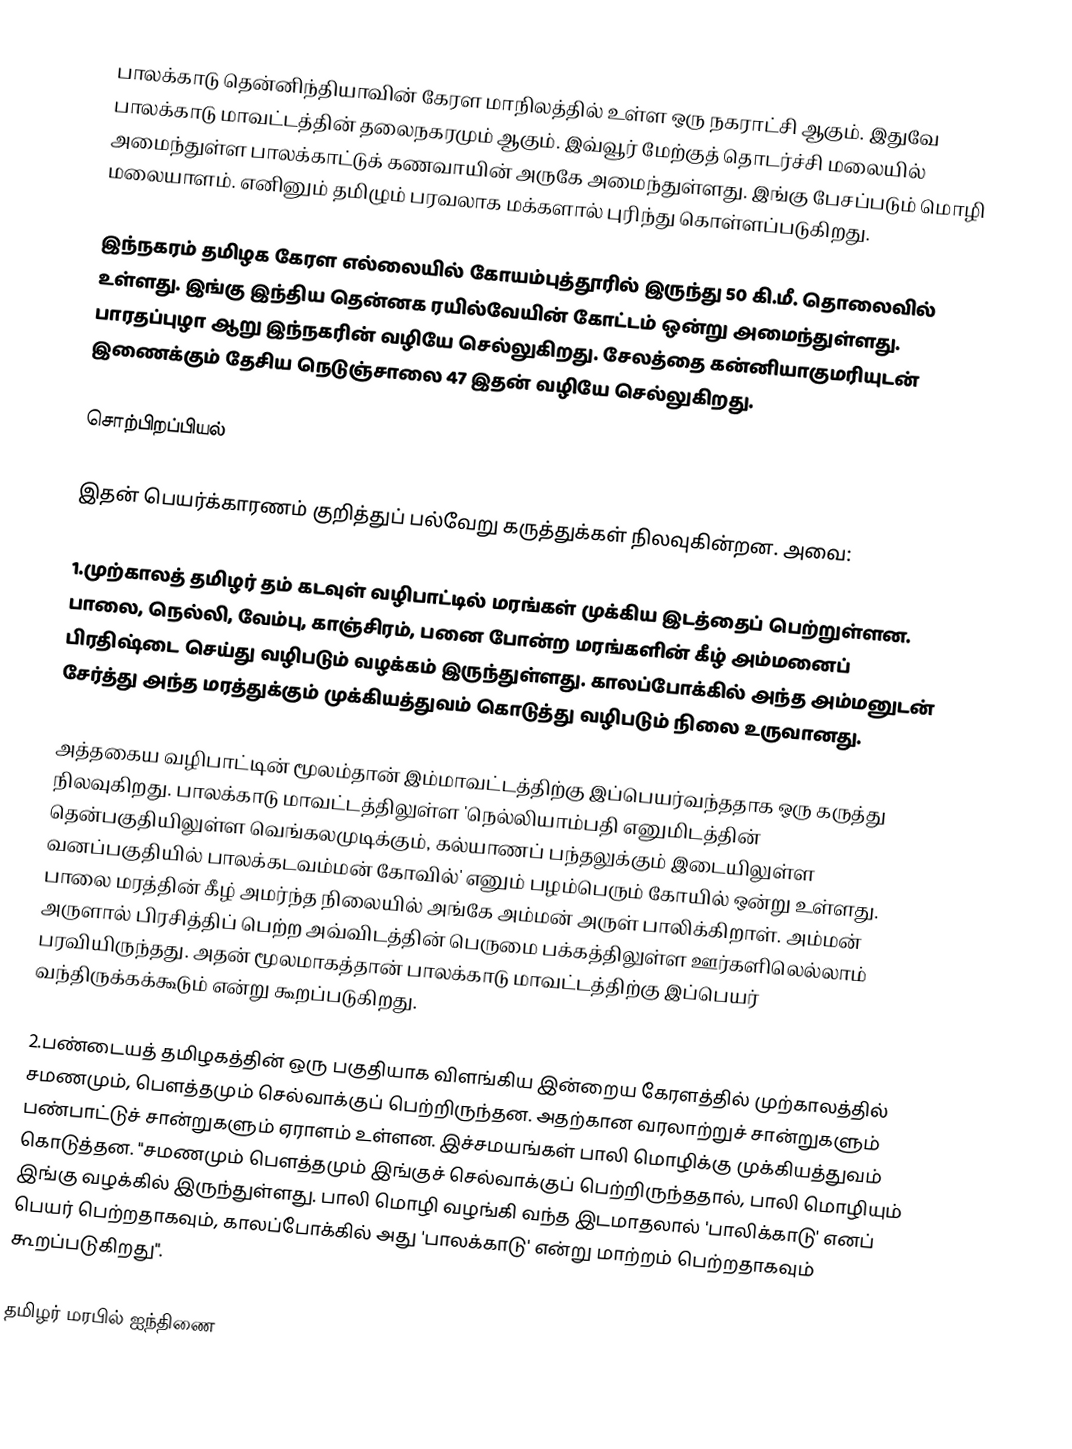
பாலக்காடு தென்னிந்தியாவின் கேரள மாநிலத்தில் உள்ள ஒரு நகராட்சி ஆகும். இதுவே பாலக்காடு மாவட்டத்தின் தலைநகரமும் ஆகும். இவ்வூர் மேற்குத் தொடர்ச்சி மலையில் அமைந்துள்ள பாலக்காட்டுக் கணவாயின் அருகே அமைந்துள்ளது. இங்கு பேசப்படும் மொழி மலையாளம். எனினும் தமிழும் பரவலாக மக்களால் புரிந்து கொள்ளப்படுகிறது.

இந்நகரம் தமிழக கேரள எல்லையில் கோயம்புத்தூரில் இருந்து 50 கி.மீ. தொலைவில் உள்ளது. இங்கு இந்திய தென்னக ரயில்வேயின் கோட்டம் ஒன்று அமைந்துள்ளது. பாரதப்புழா ஆறு இந்நகரின் வழியே செல்லுகிறது. சேலத்தை கன்னியாகுமரியுடன் இணைக்கும் தேசிய நெடுஞ்சாலை 47 இதன் வழியே செல்லுகிறது.

சொற்பிறப்பியல்

இதன்  பெயர்க்காரணம் குறித்துப் பல்வேறு கருத்துக்கள் நிலவுகின்றன. அவை:

1.முற்காலத் தமிழர் தம் கடவுள் வழிபாட்டில் மரங்கள் முக்கிய இடத்தைப் பெற்றுள்ளன. பாலை, நெல்லி, வேம்பு, காஞ்சிரம், பனை போன்ற மரங்களின் கீழ் அம்மனைப் பிரதிஷ்டை செய்து வழிபடும் வழக்கம் இருந்துள்ளது. காலப்போக்கில் அந்த அம்மனுடன் சேர்த்து அந்த மரத்துக்கும் முக்கியத்துவம் கொடுத்து வழிபடும் நிலை உருவானது.

அத்தகைய வழிபாட்டின் மூலம்தான் இம்மாவட்டத்திற்கு இப்பெயர்வந்ததாக ஒரு கருத்து நிலவுகிறது. பாலக்காடு மாவட்டத்திலுள்ள 'நெல்லியாம்பதி எனுமிடத்தின் தென்பகுதியிலுள்ள வெங்கலமுடிக்கும், கல்யாணப் பந்தலுக்கும் இடையிலுள்ள வனப்பகுதியில் பாலக்கடவம்மன் கோவில்' எனும் பழம்பெரும் கோயில் ஒன்று உள்ளது. பாலை மரத்தின் கீழ் அமர்ந்த நிலையில் அங்கே அம்மன் அருள் பாலிக்கிறாள். அம்மன் அருளால் பிரசித்திப் பெற்ற அவ்விடத்தின் பெருமை பக்கத்திலுள்ள ஊர்களிலெல்லாம் பரவியிருந்தது. அதன் மூலமாகத்தான் பாலக்காடு மாவட்டத்திற்கு இப்பெயர் வந்திருக்கக்கூடும் என்று கூறப்படுகிறது.

2.பண்டையத் தமிழகத்தின் ஒரு பகுதியாக விளங்கிய இன்றைய கேரளத்தில் முற்காலத்தில் சமணமும், பௌத்தமும் செல்வாக்குப் பெற்றிருந்தன. அதற்கான வரலாற்றுச் சான்றுகளும் பண்பாட்டுச் சான்றுகளும் ஏராளம் உள்ளன. இச்சமயங்கள் பாலி மொழிக்கு முக்கியத்துவம் கொடுத்தன. "சமணமும் பௌத்தமும் இங்குச் செல்வாக்குப் பெற்றிருந்ததால், பாலி மொழியும் இங்கு வழக்கில் இருந்துள்ளது. பாலி மொழி வழங்கி வந்த இடமாதலால் 'பாலிக்காடு' எனப் பெயர் பெற்றதாகவும், காலப்போக்கில் அது 'பாலக்காடு' என்று மாற்றம் பெற்றதாகவும் கூறப்படுகிறது".

தமிழர் மரபில் ஐந்திணை